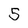
Character: 5